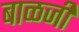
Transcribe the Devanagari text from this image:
बाळजी